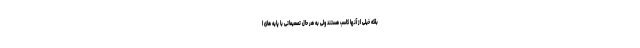
بلکه خیلی از آنها کاسب هستند ولی به هر حال تصمیماتی با پایه های ا